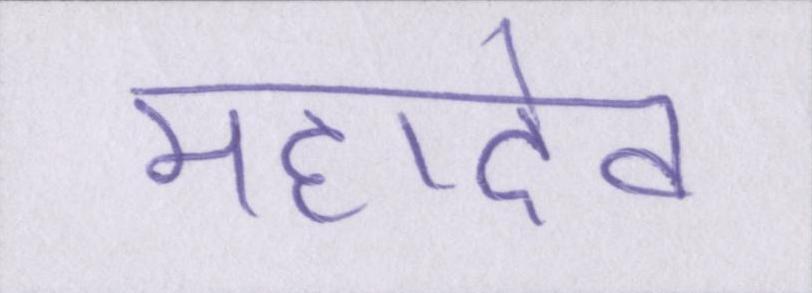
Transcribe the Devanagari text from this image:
महादेव